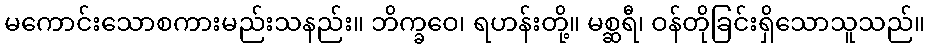
မကောင်းသောစကားမည်းသနည်း။ ဘိက္ခဝေ၊ ရဟန်းတို့။ မစ္ဆရီ၊ ဝန်တိုခြင်းရှိသောသူသည်။